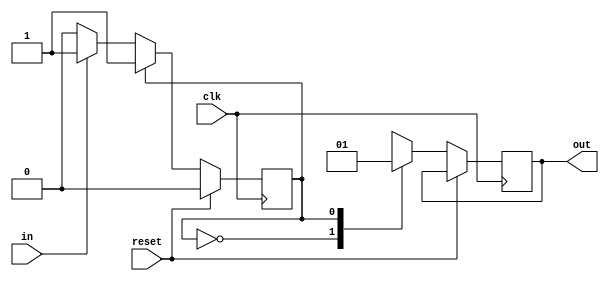
`timescale 1ns / 1ps
//////////////////////////////////////////////////////////////////////////////////
// Company: 
// Engineer: 
// 
// Design Name: 
// Module Name:    fsm1 
// Project Name: 
// Target Devices: 
// Tool versions: 
// Description: 
//
// Dependencies: 
//
// Revision: 
// Revision 0.01 - File Created
// Additional Comments: 
//
//////////////////////////////////////////////////////////////////////////////////

module fsm1 (
  input clk,
  input reset,
  input in,
  output wire out );
  
reg state; // internal state variable
reg outreg; // output signal  
  
always @(posedge clk)
  if (reset) 
    state <= 1'b0;
  else
	  case (state)
	   1'b0: // last input was a zero
	    begin
	     outreg <= 0;
		 if (in) state <= 1'b1;
		 else    state <= 1'b0;
	    end
		 
	   1'b1: // we've seen one 1
       begin
		  outreg <= 1;
       end
		 
	  endcase
	  
assign out = outreg;
endmodule